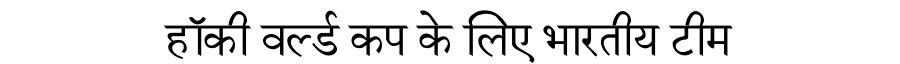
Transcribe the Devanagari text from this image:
हॉकी वर्ल्ड कप के लिए भारतीय टीम